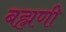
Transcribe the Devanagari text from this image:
बह्मणी